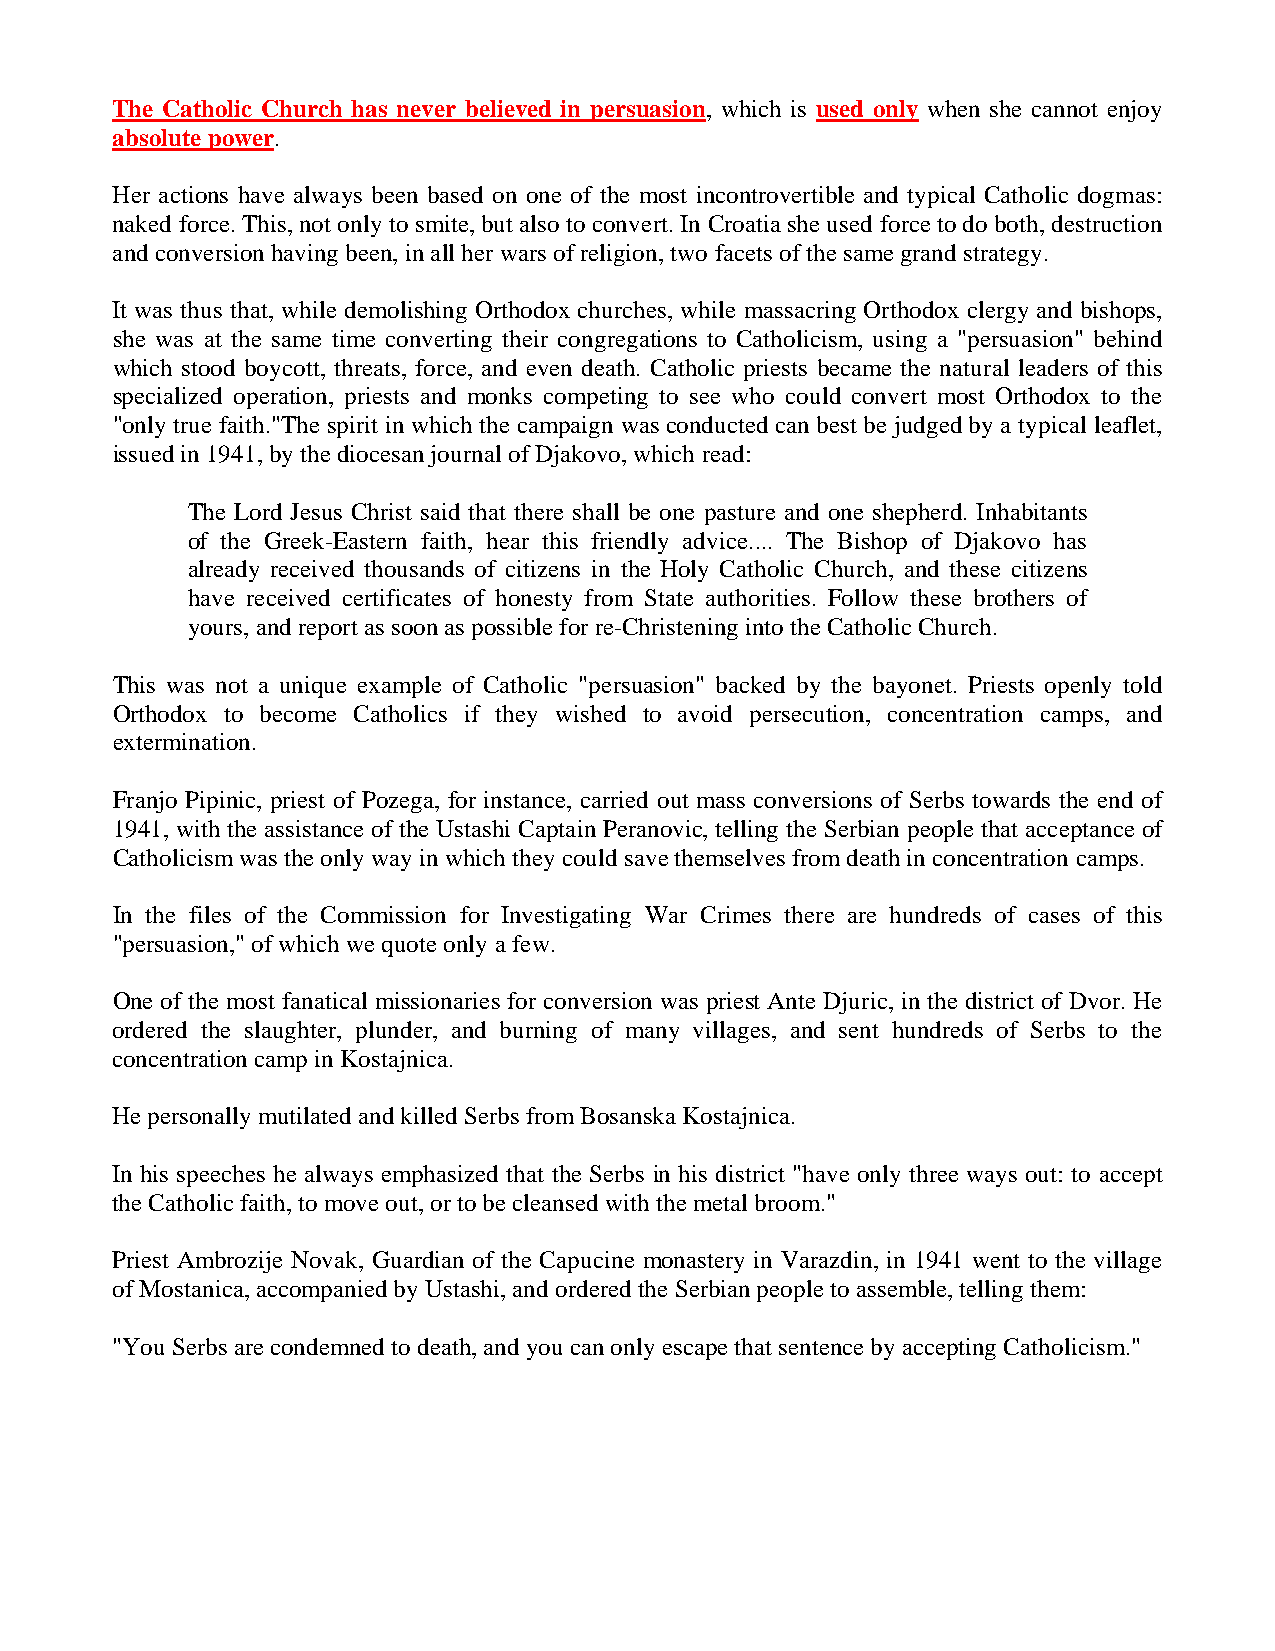
The Catholic Church has never believed in persuasion, which is used only when she cannot enjoy
 absolute power.
 Her actions have always been based on one of the most incontrovertible and typical Catholic dogmas:
 naked force. This, not only to smite, but also to convert. In Croatia she used force to do both, destruction
 and conversion having been, in all her wars of religion, two facets of the same grand strategy.
 It was thus that, while demolishing Orthodox churches, while massacring Orthodox clergy and bishops,
 she was at the same time converting their congregations to Catholicism, using a "persuasion" behind
 which stood boycott, threats, force, and even death. Catholic priests became the natural leaders of this
 specialized operation, priests and monks competing to see who could convert most Orthodox to the
 "only true faith."The spirit in which the campaign was conducted can best be judged by a typical leaflet,
 issued in 1941, by the diocesan journal of Djakovo, which read:
 The Lord Jesus Christ said that there shall be one pasture and one shepherd. Inhabitants
 of the Greek-Eastern faith, hear this friendly advice.... The Bishop of Djakovo has
 already received thousands of citizens in the Holy Catholic Church, and these citizens
 have received certificates of honesty from State authorities. Follow these brothers of
 yours, and report as soon as possible for re-Christening into the Catholic Church.
 This was not a unique example of Catholic "persuasion" backed by the bayonet. Priests openly told
 Orthodox to become Catholics if they wished to avoid persecution, concentration camps, and
 extermination.
 Franjo Pipinic, priest of Pozega, for instance, carried out mass conversions of Serbs towards the end of
 1941, with the assistance of the Ustashi Captain Peranovic, telling the Serbian people that acceptance of
 Catholicism was the only way in which they could save themselves from death in concentration camps.
 In the files of the Commission for Investigating War Crimes there are hundreds of cases of this
 "persuasion," of which we quote only a few.
 One of the most fanatical missionaries for conversion was priest Ante Djuric, in the district of Dvor. He
 ordered the slaughter, plunder, and burning of many villages, and sent hundreds of Serbs to the
 concentration camp in Kostajnica.
 He personally mutilated and killed Serbs from Bosanska Kostajnica.
 In his speeches he always emphasized that the Serbs in his district "have only three ways out: to accept
 the Catholic faith, to move out, or to be cleansed with the metal broom."
 Priest Ambrozije Novak, Guardian of the Capucine monastery in Varazdin, in 1941 went to the village
 of Mostanica, accompanied by Ustashi, and ordered the Serbian people to assemble, telling them:
 "You Serbs are condemned to death, and you can only escape that sentence by accepting Catholicism."